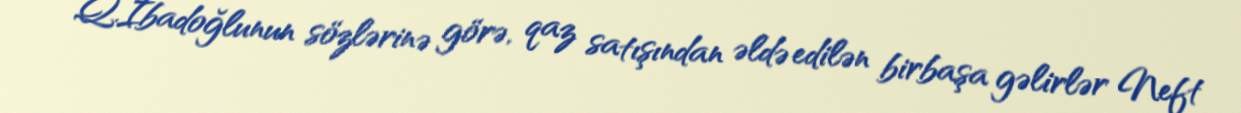
Q.İbadoğlunun sözlərinə görə, qaz satışından əldə edilən birbaşa gəlirlər Neft